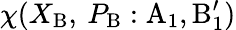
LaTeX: \chi(X_{\mathrm{B}},\: P_{\mathrm{B}}:\mathrm{A}_{1},\mathrm{B}_{1}^{\prime})